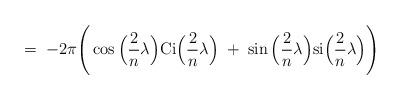
LaTeX: \begin{align*}= \;- 2\pi \Bigg( \cos\Big(\frac{2}{n}\lambda\Big)\mbox{Ci}\Big(\frac{2}{n}\lambda\Big) \;+ \; \sin\Big(\frac{2}{n}\lambda\Big)\mbox{si}\Big(\frac{2}{n}\lambda\Big) \Bigg)\end{align*}